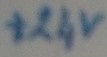
Text: +24v